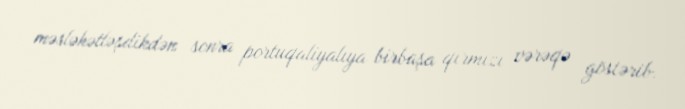
məsləhətləşdikdən sonra portuqaliyalıya birbaşa qırmızı vərəqə göstərib.